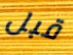
قبل